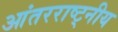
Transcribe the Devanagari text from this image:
आंतरराष्ट्नीय